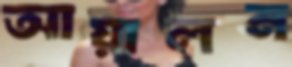
আয়ালন